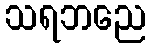
သရဘညေ